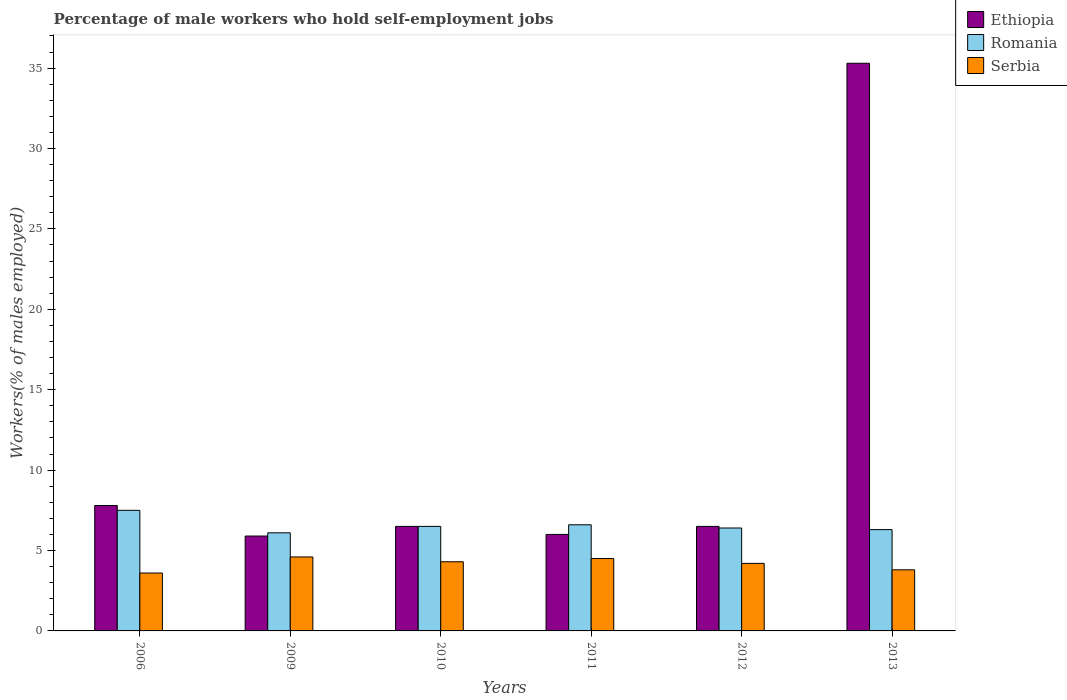
| Years | Ethiopia | Romania | Serbia |
 | --- | --- | --- | --- |
 | 2006 | 7.8 | 7.5 | 3.6 |
 | 2009 | 5.9 | 6.1 | 4.6 |
 | 2010 | 6.5 | 6.5 | 4.3 |
 | 2011 | 6 | 6.6 | 4.5 |
 | 2012 | 6.5 | 6.4 | 4.2 |
 | 2013 | 35.3 | 6.3 | 3.8 |